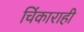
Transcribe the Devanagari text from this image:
चिंकाराही